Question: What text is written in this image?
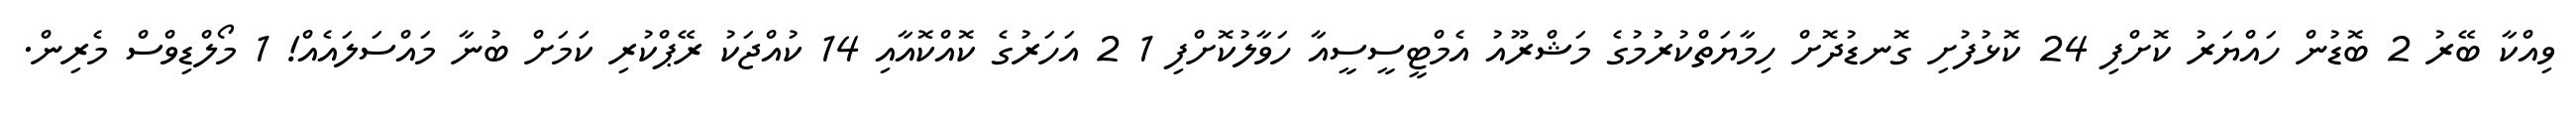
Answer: ވިއްކާ ބޭރު 2 ބޮޑުން ހައްޔަރު ކޮށްފި 24 ކޮޅުފުށި ގޮނޑުދޮށް ހިމާޔަތްކުރުމުގެ މަޝްރޫއު އެމްޓީސީސީއާ ހަވާލުކޮށްފި 1 2 އަހަރުގެ ކޮއްކޮއާއި 14 ކުއްޖަކު ރޭޕްކުރި ކަމަށް ބުނާ މައްސަލައެއް! 1 މޯލްޑިވްސް މެރިން.